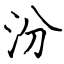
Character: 汾